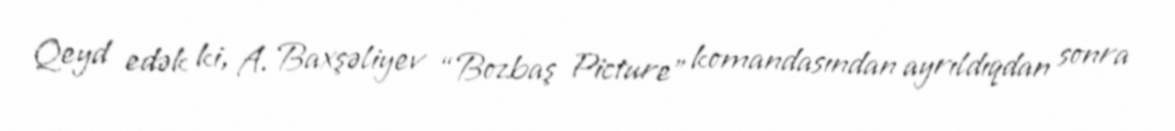
Qeyd edək ki, A. Baxşəliyev “Bozbaş Picture” komandasından ayrıldıqdan sonra